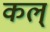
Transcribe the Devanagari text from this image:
कल्‌